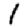
Digit: 1